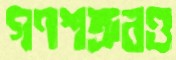
গণশত্রুরও